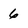
Character: 6